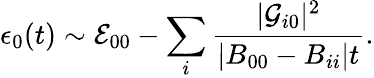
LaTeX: \epsilon_{0}(t)\sim{\cal E}_{00}-\sum_{i}\frac{|{\cal G}_{i0}|^{2}}{|B_{00}-B_{ii}|t}.